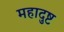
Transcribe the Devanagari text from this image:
महादुष्ट